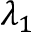
\lambda _ { 1 }